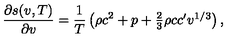
{ \frac { \partial s ( v , T ) } { \partial v } } = { \frac { 1 } { T } } \left( \rho c ^ { 2 } + p + \textstyle { \frac { 2 } { 3 } } \rho c c ^ { \prime } v ^ { 1 / 3 } \right) ,